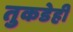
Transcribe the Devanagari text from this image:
तुकडेही